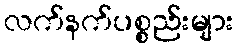
လက်နက်ပစ္စည်းများ